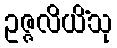
ဥဇ္ဇလိယိံသု